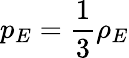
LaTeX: p_{E}=\frac{1}{3}\rho_{E}